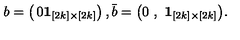
b = \left( \begin{matrix} { 0 } \\ { { \bf 1 } _ { [ 2 k ] \times [ 2 k ] } } \\ \end{matrix} \right) , \bar { b } = \big ( 0 \ , \ { \bf 1 } _ { [ 2 k ] \times [ 2 k ] } \big ) .